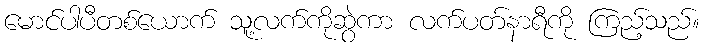
မောင်ပါပီတစ်ယောက် သူ့လက်ကိုဆွဲကာ လက်ပတ်နာရီကို ကြည့်သည်။